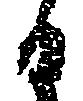
日